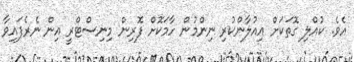
އެވެ. ކުއްލި ގޮތަކަށް އިއުލާންކުރި ނިންމުން ހާމަކޮށް ފޮރިން މިނިސްޓްރީ އިން ނެރެފައިވާ